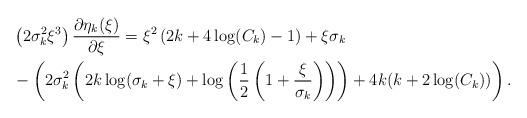
LaTeX: \begin{align*}&\left(2\sigma_k^2\xi^3\right)\frac{\partial\eta_k(\xi)}{\partial \xi} = \xi^2\left(2k+4\log(C_k)-1\right)+\xi\sigma_k\\&-\left(2\sigma_k^2\left(2k\log(\sigma_k+\xi) +\log\left(\frac{1}{2}\left(1+\frac{\xi}{\sigma_k}\right)\right)\right)+4k(k+2\log(C_k))\right).\end{align*}